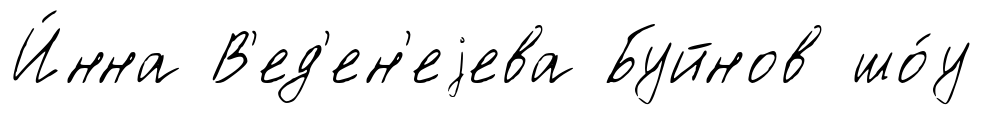
И́нна В'ед'ен'еjева Буйнов шо́у